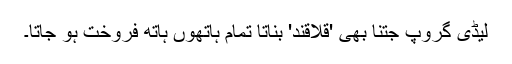
لیڈی گروپ جتنا بھی 'قلاقند' بناتا تمام ہاتھوں ہاتھ فروخت ہو جاتا۔